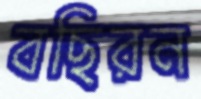
বছিরন